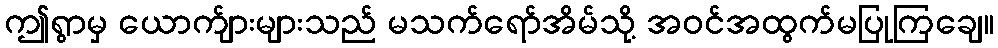
ဤရွာမှ ယောက်ျားများသည် မသက်ရော်အိမ်သို့ အဝင်အထွက်မပြုကြချေ။